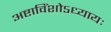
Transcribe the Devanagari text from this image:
अष्टाविंशोऽध्यायः